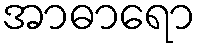
အာဓာရော